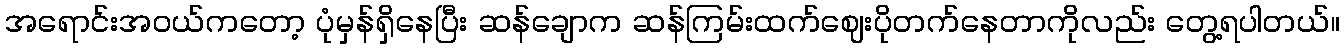
အရောင်းအဝယ်ကတော့ ပုံမှန်ရှိနေပြီး ဆန်ချောက ဆန်ကြမ်းထက်ဈေးပိုတက်နေတာကိုလည်း တွေ့ရပါတယ်။